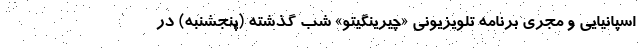
اسپانیایی و مجری برنامه تلویزیونی «چیرینگیتو» شب گذشته (پنجشنبه) در